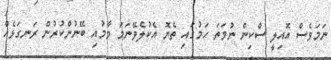
ނަމަވެސް އޮއިލީ ސްކިން ނުވަތަ ހަމުގައި ތެޔޮ އެކުލެވޭނަމަ މާމުއި ބޭނުންކުރުން ރަނގަޅެއް